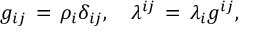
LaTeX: g _ { i j } \, = \, \rho _ { i } \delta _ { i j } , \quad \lambda ^ { i j } \, = \, \lambda _ { i } g ^ { i j } ,